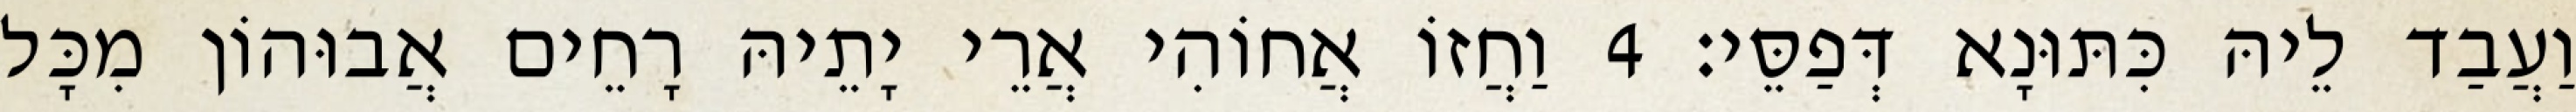
וַעֲבַד לֵיהּ כִּתּוּנָא דְּפַסֵּי׃ 4 וַחֲזוֹ אֲחוֹהִי אֲרֵי יָתֵיהּ רָחֵים אֲבוּהוֹן מִכָּל